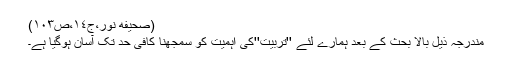
(صحیفه نور،ج١٤،ص١٠٣)
مندرجہ ذیل بالا بحث کے بعد ہمارے لئے ''تربیّت''کی اہمیّت کو سمجھنا کافی حد تک آسان ہوگیا ہے۔